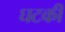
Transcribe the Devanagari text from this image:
घटकी